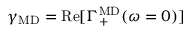
\gamma _ { \mathrm { M D } } = \mathrm { R e } [ \Gamma _ { + } ^ { \mathrm { M D } } ( \omega = 0 ) ]